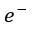
e ^ { - }